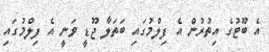
އެ ބޫޓުގެ އިތުރުން އެ ފިލްމުގައި ބަތަލާ ޖޫޑީ ވަނީ އެ ފިލްމުގައި